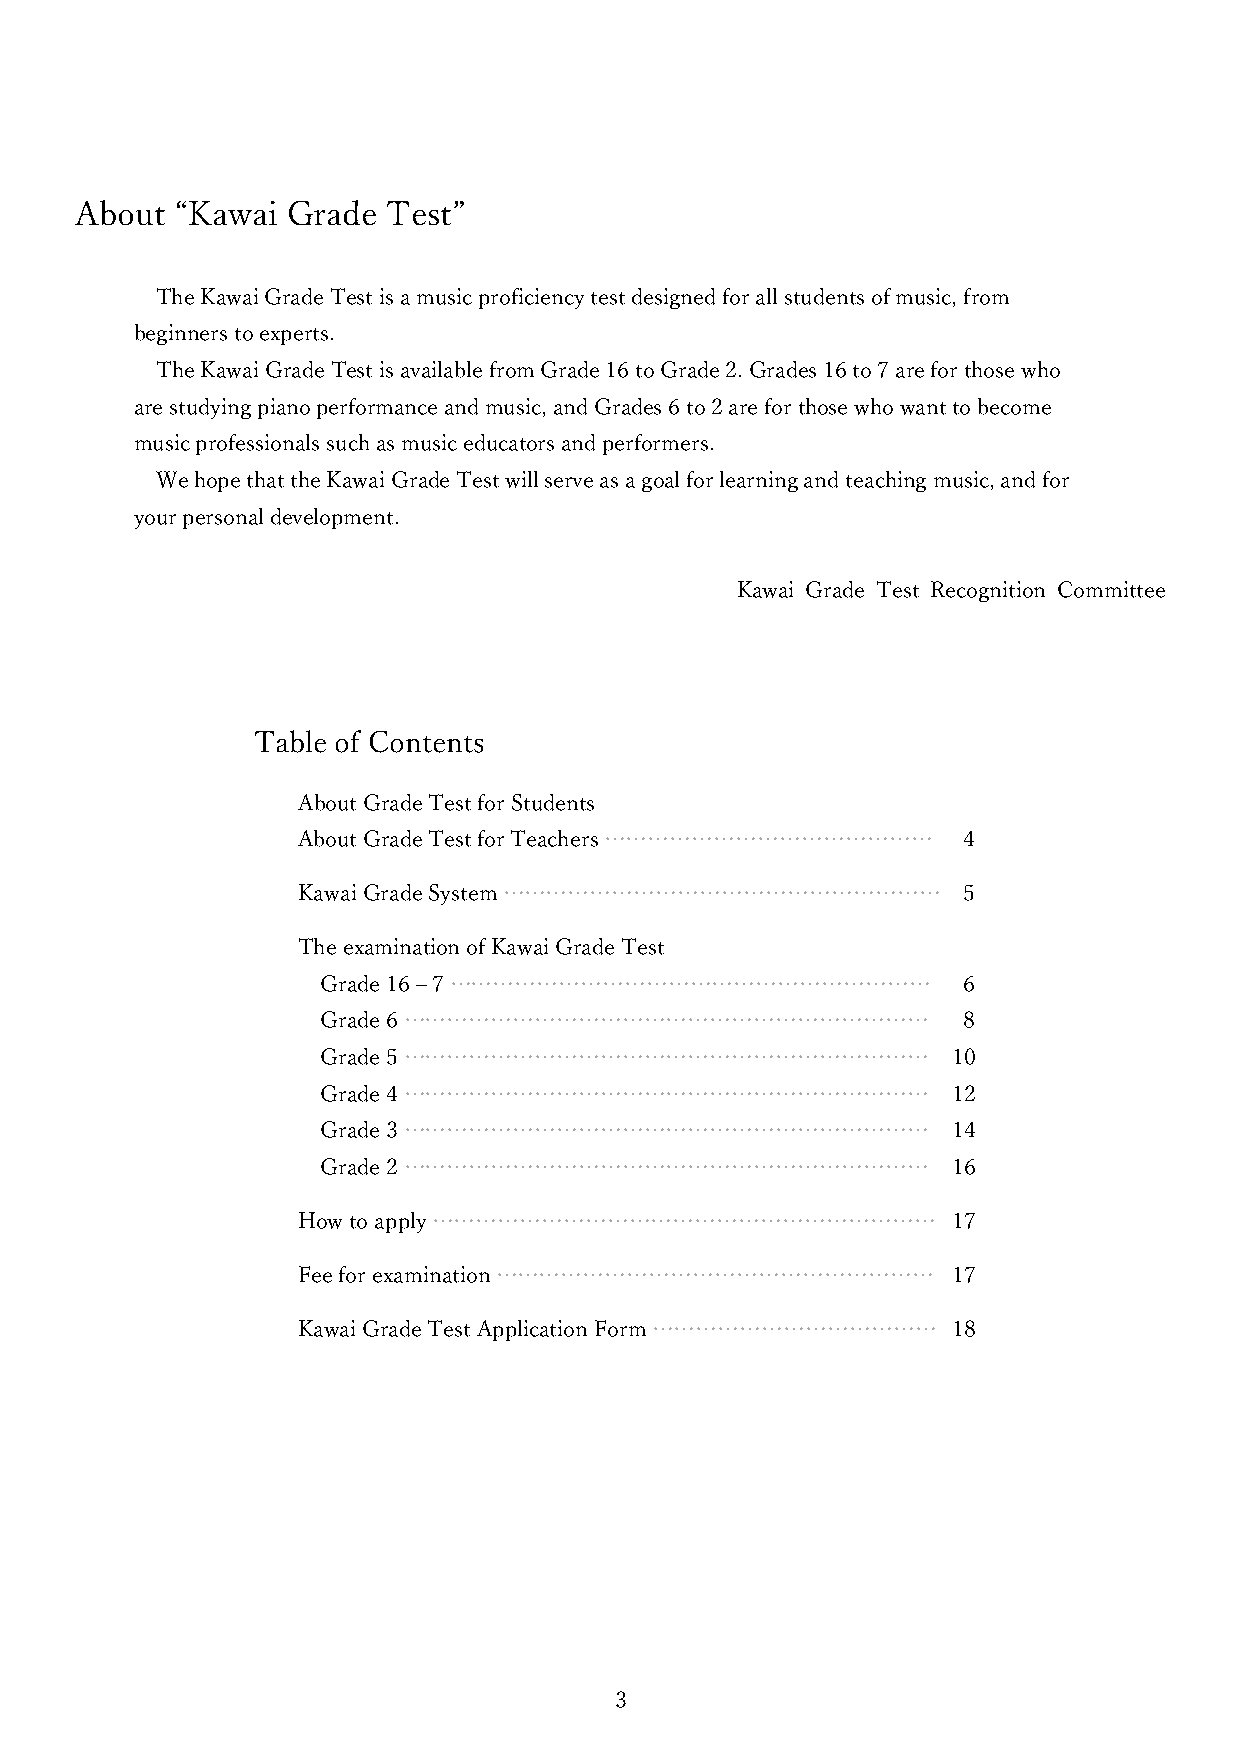
About  “Kawai Grade  Test”
 The Kawai Grade Test is a music proficiency test designed for all students of music, from
 beginners to experts.
 The Kawai Grade Test is available from Grade 16 to Grade 2. Grades 16 to 7 are for those who
 are studying piano performance and music, and Grades 6 to 2 are for those who want to become
 music professionals such as music educators and performers.
 We hope that the Kawai Grade Test will serve as a goal for learning and teaching music, and for
 your personal development.
 Kawai Grade Test Recognition Committee
 Table of Contents
 About Grade Test for Students
 About Grade Test for Teachers ……………………………………… 4
 Kawai Grade System ……………………………………………………     5
 The examination of Kawai Grade Test
 Grade 16 – 7 …………………………………………………………        6
 Grade 6 ………………………………………………………………           8
 Grade 5 ………………………………………………………………          10
 Grade 4 ………………………………………………………………          12
 Grade 3 ………………………………………………………………          14
 Grade 2 ………………………………………………………………          16
 How to apply ……………………………………………………………       17
 Fee for examination ……………………………………………………   17
 Kawai Grade Test Application Form ………………………………… 18
 3